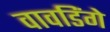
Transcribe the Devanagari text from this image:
वावडिंगे